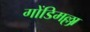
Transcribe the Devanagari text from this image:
गोंडिमल्ला